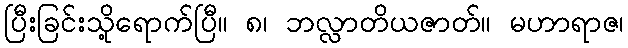
ပြီးခြင်းသို့ရောက်ပြီ။ ၈၊ ဘလ္လာတိယဇာတ်။ မဟာရာဇ၊